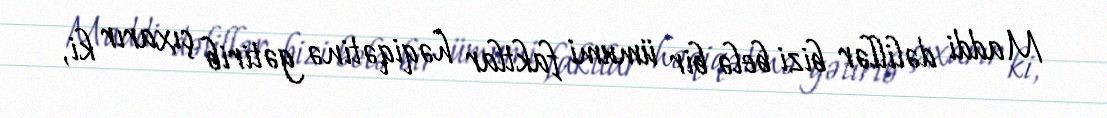
Maddi dəlillər bizi belə bir ümumi faktlar həqiqətinə gətirib çıxarır ki,